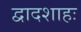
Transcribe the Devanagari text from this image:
द्वादशाहः